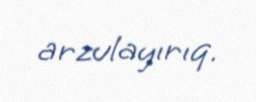
arzulayırıq.